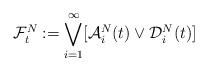
LaTeX: \begin{align*}\mathcal{F}^N_t:=\bigvee_{i=1}^{\infty} [\mathcal{A}_i^N(t)\vee \mathcal{D}_i^N(t)]\end{align*}